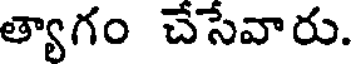
త్యాగం చేసేవారు.